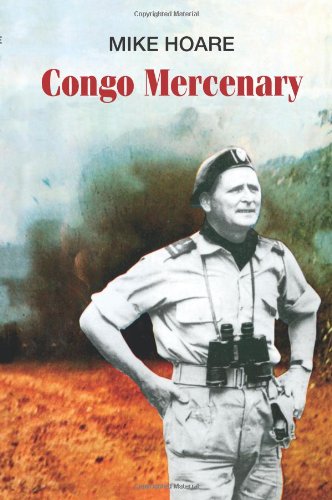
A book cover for Congo Mercenary; Mike Hoare; Biographies & Memoirs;